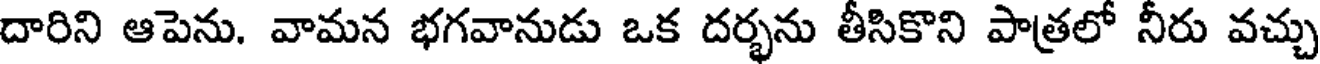
దారిని ఆపెను. వామన భగవానుడు ఒక దర్భను తీసికొని పాత్రలో నీరు వచ్చు